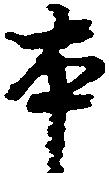
本